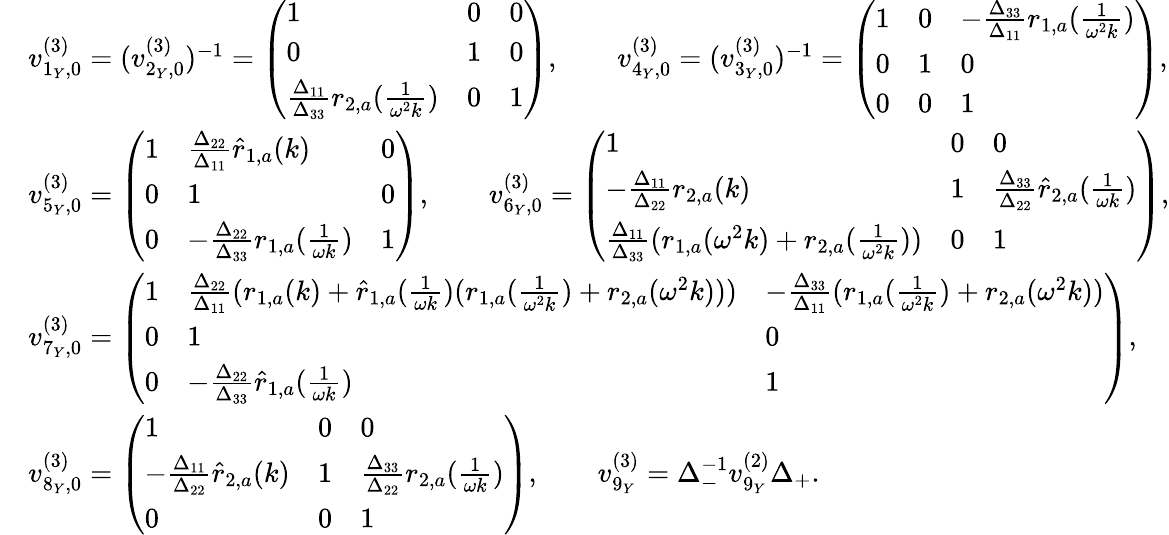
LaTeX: \begin{array}{rl}&{v_{1_{Y},0}^{(3)}=(v_{2_{Y},0}^{(3)})^{-1}=\left(\begin{array}{lll}{1}&{0}&{0}\\ {0}&{1}&{0}\\ {\frac{\Delta_{11}}{\Delta_{33}}r_{2,a}(\frac{1}{\omega^{2}k})}&{0}&{1}\end{array}\right),\qquad v_{4_{Y},0}^{(3)}=(v_{3_{Y},0}^{(3)})^{-1}=\left(\begin{array}{lll}{1}&{0}&{-\frac{\Delta_{33}}{\Delta_{11}}r_{1,a}(\frac{1}{\omega^{2}k})}\\ {0}&{1}&{0}\\ {0}&{0}&{1}\end{array}\right),}\\ &{v_{5_{Y},0}^{(3)}=\left(\begin{array}{lll}{1}&{\frac{\Delta_{22}}{\Delta_{11}}\hat{r}_{1,a}(k)}&{0}\\ {0}&{1}&{0}\\ {0}&{-\frac{\Delta_{22}}{\Delta_{33}}r_{1,a}(\frac{1}{\omega k})}&{1}\end{array}\right),\qquad v_{6_{Y},0}^{(3)}=\left(\begin{array}{lll}{1}&{0}&{0}\\ {-\frac{\Delta_{11}}{\Delta_{22}}r_{2,a}(k)}&{1}&{\frac{\Delta_{33}}{\Delta_{22}}\hat{r}_{2,a}(\frac{1}{\omega k})}\\ {\frac{\Delta_{11}}{\Delta_{33}}(r_{1,a}(\omega^{2}k)+r_{2,a}(\frac{1}{\omega^{2}k}))}&{0}&{1}\end{array}\right),}\\ &{v_{7_{Y},0}^{(3)}=\left(\begin{array}{lll}{1}&{\frac{\Delta_{22}}{\Delta_{11}}(r_{1,a}(k)+\hat{r}_{1,a}(\frac{1}{\omega k})(r_{1,a}(\frac{1}{\omega^{2}k})+r_{2,a}(\omega^{2}k)))}&{-\frac{\Delta_{33}}{\Delta_{11}}(r_{1,a}(\frac{1}{\omega^{2}k})+r_{2,a}(\omega^{2}k))}\\ {0}&{1}&{0}\\ {0}&{-\frac{\Delta_{22}}{\Delta_{33}}\hat{r}_{1,a}(\frac{1}{\omega k})}&{1}\end{array}\right),}\\ &{v_{8_{Y},0}^{(3)}=\left(\begin{array}{lll}{1}&{0}&{0}\\ {-\frac{\Delta_{11}}{\Delta_{22}}\hat{r}_{2,a}(k)}&{1}&{\frac{\Delta_{33}}{\Delta_{22}}r_{2,a}(\frac{1}{\omega k})}\\ {0}&{0}&{1}\end{array}\right),\qquad v_{9_{Y}}^{(3)}=\Delta_{-}^{-1}v_{9_{Y}}^{(2)}\Delta_{+}.}\end{array}